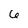
Character: 6